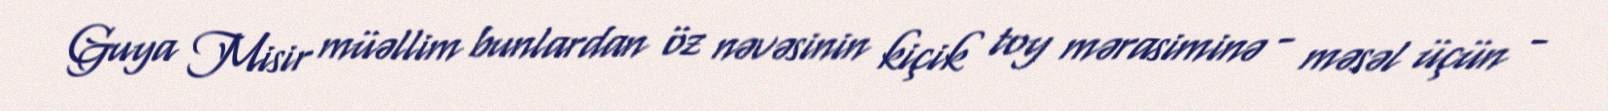
Guya Misir müəllim bunlardan öz nəvəsinin kiçik toy mərasiminə - məsəl üçün -